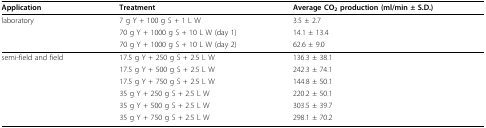
| Application | Treatment | Average CO2 production (ml/min ± S.D.) |
 | --- | --- | --- |
 | laboratory | 7 g Y + 100 g S + 1 L W | 3.5 ± 2.7 |
 |  | 70 g Y + 1000 g S + 10 L W (day 1) | 14.1 ± 13.4 |
 |  | 70 g Y + 1000 g S + 10 L W (day 2) | 62.6 ± 9.0 |
 | semi-field and field | 17.5 g Y + 250 g S + 2.5 L W | 136.3 ± 38.1 |
 |  | 17.5 g Y + 500 g S + 2.5 L W | 242.3 ± 74.1 |
 |  | 17.5 g Y + 750 g S + 2.5 L W | 144.8 ± 50.1 |
 |  | 35 g Y + 250 g S + 2.5 L W | 220.2 ± 50.1 |
 |  | 35 g Y + 500 g S + 2.5 L W | 303.5 ± 39.7 |
 |  | 35 g Y + 750 g S + 2.5 L W | 298.1 ± 70.2 |